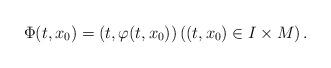
LaTeX: \begin{align*} \Phi(t, x_0)= \left(t, \varphi(t, x_0)\right) \left((t, x_0)\in I\times M\right). \end{align*}